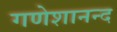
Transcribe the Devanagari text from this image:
गणेशानन्द